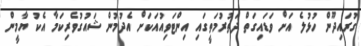
ގުރައިދޫން ހުޅުލެ އަށް ވަޑައިގަތް ދަތުރުމަތީގައި އިންޓަވިއުއަކަށް އެދުމުން ޝައުގުވެރިކަމާ އެކު ޔާމީން